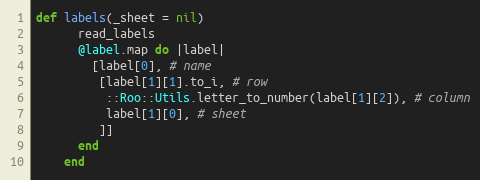
Language: Ruby
def labels(_sheet = nil)
      read_labels
      @label.map do |label|
        [label[0], # name
         [label[1][1].to_i, # row
          ::Roo::Utils.letter_to_number(label[1][2]), # column
          label[1][0], # sheet
         ]]
      end
    end